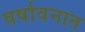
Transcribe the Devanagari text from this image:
वर्षावनात